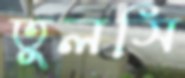
তুলসি